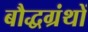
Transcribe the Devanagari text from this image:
बौद्धग्रंथों